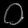
Digit: ၀